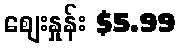
စျေးနှုန်း $5.99